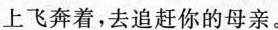
上飞奔着，去追赶你的母亲。